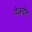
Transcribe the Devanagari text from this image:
येऊदेत